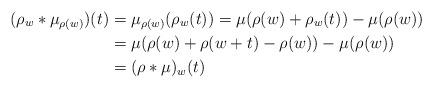
LaTeX: \begin{align*}(\rho_{w}\ast \mu_{\rho(w)})(t)&=\mu_{\rho(w)}(\rho_{w}(t))=\mu(\rho(w)+\rho_{w}(t))-\mu(\rho(w)) \\&=\mu(\rho(w)+\rho(w+t)-\rho(w))-\mu(\rho(w)) \\&=(\rho\ast\mu)_{w}(t)\end{align*}